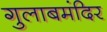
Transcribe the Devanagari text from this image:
गुलाबमंदिर